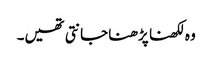
وہ لکھنا پڑھنا جانتی تھیں۔